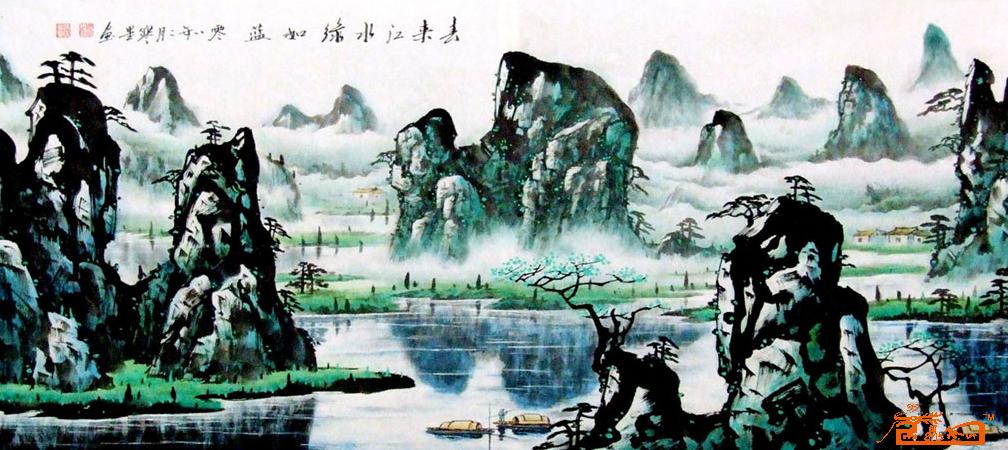
共说春来春去事，多时。一点愁心入翠眉。